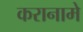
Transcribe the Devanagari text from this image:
करानामे